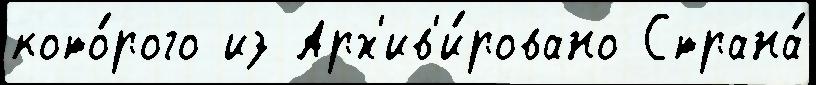
кото́рого из Арх'ив'и́ровано Страна́